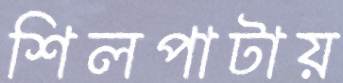
শিলপাটায়